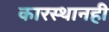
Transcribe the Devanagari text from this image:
कारस्थानही